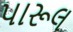
પારૂલ